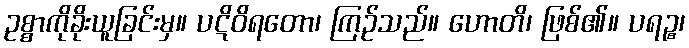
ဥစ္စာကိုခိုးယူခြင်းမှ။ ပဋိဝိရတော၊ ကြဉ်သည်။ ဟောတိ၊ ဖြစ်၏။ ပရဉ္စ၊